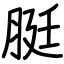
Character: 脡